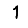
Digit: 1